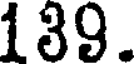
139.